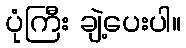
ပုံကြီး ချဲ့ပေးပါ။